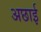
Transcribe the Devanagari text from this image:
अछाई